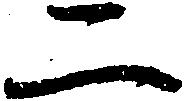
二